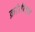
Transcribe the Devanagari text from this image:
क्रांतीसह